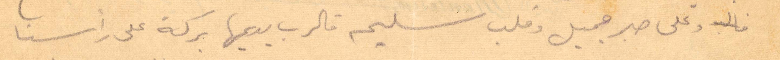
وعلى صبر جميل وقلب سليم فالرب يديمها بركة على رأسنا